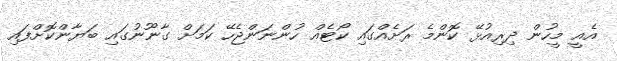
އެއީ މީހުން ދިރިއުޅޭ ކޮންމެ ރަށެއްގައި ކޯޓެއް ހުންނަންޖެހޭ ކަމަށް ގާނޫނުގައި ބަޔާންކޮށްފައި